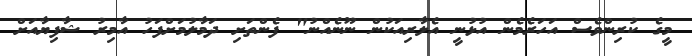
މީގެ ކުރިންވެސް އަހަރެމެން އުޅުނީ އެލާރިއަކުން ނޫނެއްނު" ފެންތަށި ދަމާލުމަށްފަހު އާމިރު ޝާފިޔާއަށް